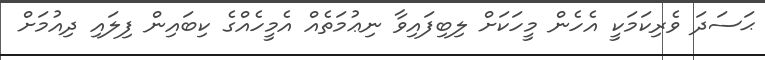
ޙަސަދަ ވެރިކަމަކީ އެހެން މީހަކަށް ލިބިފައިވާ ނިޢުމަތެއް އެމީހެއްގެ ކިބައިން ފިލައި ދިއުމަށް